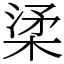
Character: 𣓥